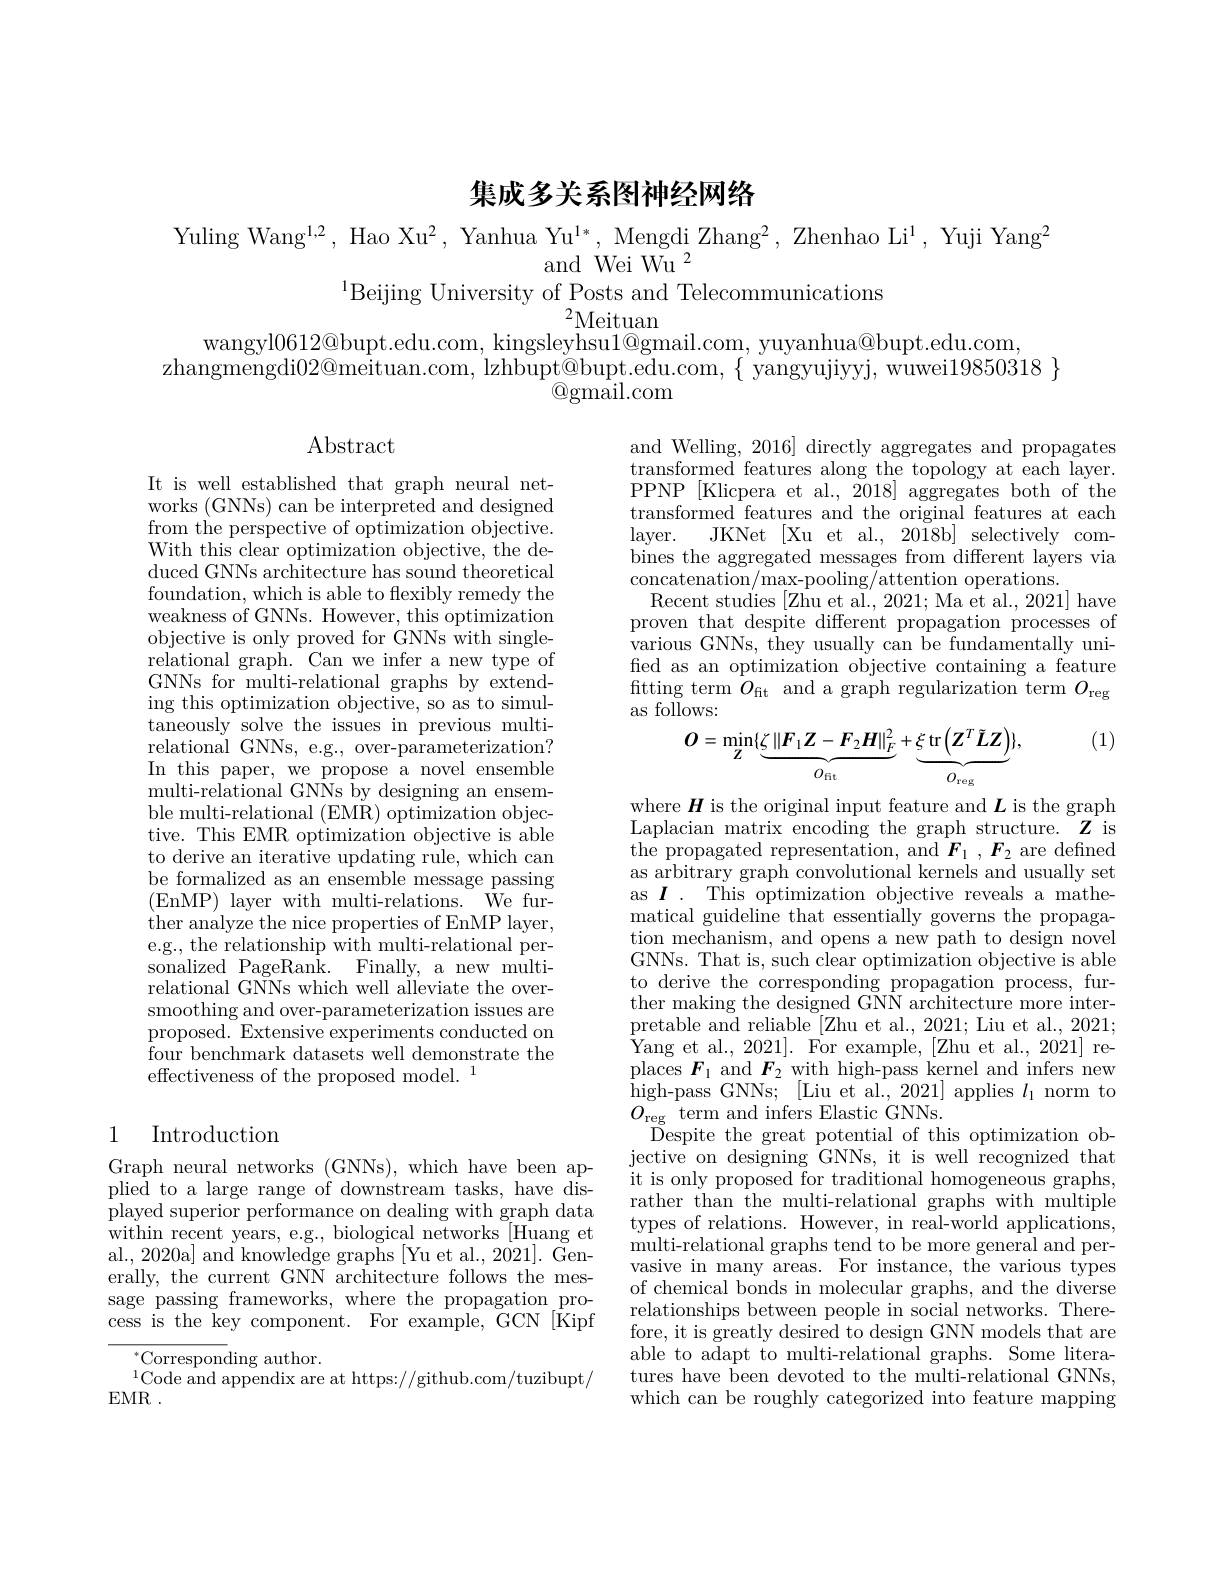
# 集成多关系图神经网络

Yuling Wang$^1,2$, Hao Xu$^2$, Yanhua Yu$^1*$, Mengdi Zhang$^2$, Zhenhao Li$^1$, Yuji Yang$^2$
and Wei Wu$^2$
$^{1}$Beijing University of Posts and Telecommunications
${}^{2}$Meituan

wangyl0612@bupt.edu.com, kingsleyhsu$1@$gmail.com, yuyanhua@bupt.edu.com,
zhangmengdi$02@$meituan.com, lzhbupt@bupt.edu.com, $\{$ yangyujiyyj, wuwei$19850318\}$
$\textcircled{\mathrm{Q}}\bar{\mathrm{gmail.com}}$

Abstract

and Welling, 2016] directly aggregates and propagates transformed features along the topology at each layer. PPNP [Klicpera et al., $\bar{20}18]$ aggregates both of the transformed features and the original features at each
JKNet [Xu et al., 2018b] selectively com-
$layer.$
bines the aggregated messages from different layers via
concatenation/max-pooling/attention operations.
Recent studies [Zhu et al., 2021; Ma et al., 2021] have proven that despite different propagation processes of various GNNs, they usually can be fundamentally unified as an optimization objective containing a feature $\operatorname*{fitting}_{\mathrm{cu}}$term$\overset{.}{O}_{\mathrm{fit}}$and a graph regularization term $O_{\mathrm{reg}}$ as follows:

(1)
$$\boldsymbol{O}=\min_{\mathbf{Z}}\{\underbrace{\zeta\left\|\boldsymbol{F}_{1}\boldsymbol{Z}-\boldsymbol{F}_{2}\boldsymbol{H}\right\|_{F}^{2}}_{O_{\mathrm{fit}}}+\underbrace{\xi\operatorname{tr}\left(\boldsymbol{Z}^{T}\tilde{\boldsymbol{L}}\boldsymbol{Z}\right)}_{O_{\mathrm{reg}}}\},$$
It is well established that graph neural networks (GNNs) can be interpreted and designed from the perspective of optimization objective. With this clear optimization objective, the deduced GNNs architecture has sound theoretical foundation, which is able to flexibly remedy the weakness of GNNs. However, this optimization objective is only proved for GNNs with singlerelational graph. Can we infer a new type of GNNs for multi-relational graphs by extending this optimization objective, so as to simul- $\bar{\text{taneously solve the issues in previous multi-}}$ relational GNNs, e.g., over-parameterization? In this paper, we propose a novel ensemble multi-relational GNNs by designing an ensemble multi-relational (EMR) optimization objective. This EMR optimization objective is able to derive an iterative updating rule, which can be formalized as an ensemble message passing (EnMP) layer with multi-relations.$\bar{\mathrm{We~fur-}}$ ther analyze the nice properties of EnMP layer, e.g., the relationship with multi-relational personalized PageRank. Finally, a new multirelational GNNs which well alleviate the oversmoothing and over-parameterization issues are proposed. Extensive experiments conducted on four benchmark datasets well demonstrate the effectiveness of the proposed model.$^1$

where $H$ is the original input feature and $L$ is the graph Laplacian matrix encoding the graph structure. Z is the propagated representation, and $F_{1} , F_{2} $are defined as arbitrary graph convolutional kernels and usually set as $I.$ This optimization objective reveals a mathematical guideline that essentially governs the propagation mechanism, and opens a new path to design novel GNNs. That is, such clear optimization objective is able to derive the corresponding propagation process, further making the designed GNN architecture more interpretable and reliable [Zhu et al., 2021; Liu et al., 2021; Yang et al., 2021]. For example, [Zhu et al., 2021] replaces $F_{1}$ and $F_{2}$ with high-pass kernel and infers new $\bar{h}$igh- pass GNNs; [ Liu et al. , 2021] applies $l_{1}$norm to $O_{\mathrm{reg}}$ term and infers Elastic GNNs.
Despite the great potential of this optimization objective on designing GNNs, it is well recognized that it is only proposed for traditional homogeneous graphs, rather than the multi-relational graphs with multiple types of relations. However, in real-world applications, multi-relational graphs tend to be more general and pervasive in many areas. For instance, the various types of chemical bonds in molecular graphs, and the diverse relationships between people in social networks. Therefore, it is greatly desired to design GNN models that are able to adapt to multi-relational graphs. Some literatures have been devoted to the multi-relational GNNs, which can be roughly categorized into feature mapping

## 1 Introduction

Graph neural networks (GNNs), which have been applied to a large range of downstream tasks, have displayed superior performance on dealing with graph data within recent years, e.g., biological networks [Huang et $al., 2020a] and knowledge graphs [Yu et al., 2021]. \bar{\mathrm{Gen-}}$ erally, the current GNN architecture follows the message passing frameworks, where the propagation process is the key component. For example, GCN[Kipf
$^{*}$Corresponding author.
$^{1}$Code and appendix are at https://github.com/tuzibupt/
EMR .